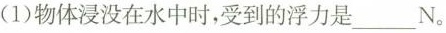
(1)物体浸没在水中时，受到的浮力是___N。